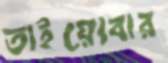
তাইয়্যেবার